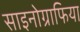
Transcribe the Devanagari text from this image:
साइनोग्राफिया